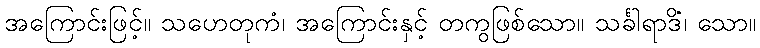
အကြောင်းဖြင့်။ သဟေတုကံ၊ အကြောင်းနှင့် တကွဖြစ်သော။ သင်္ခါရာဒိံ၊ သော။